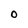
Character: O